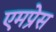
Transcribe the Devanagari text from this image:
एमप्रेस